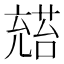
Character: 𪞅